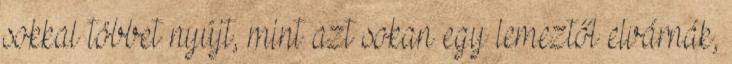
sokkal többet nyújt, mint azt sokan egy lemeztől elvárnák,